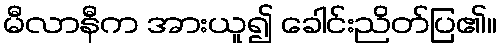
မီလာနီက အားယူ၍ ခေါင်းညိတ်ပြ၏။